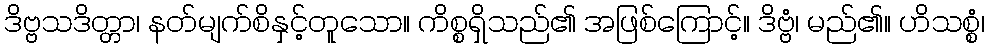
ဒိဗ္ဗသဒိတ္တာ၊ နတ်မျက်စိနှင့်တူသော။ ကိစ္စရှိသည်၏ အဖြစ်ကြောင့်။ ဒိဗ္ဗံ၊ မည်၏။ ဟိသစ္စံ၊